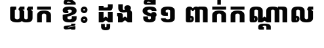
យក ខ្ទិះ ដូង ទី១ ពាក់កណ្តាល